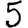
Digit: 5